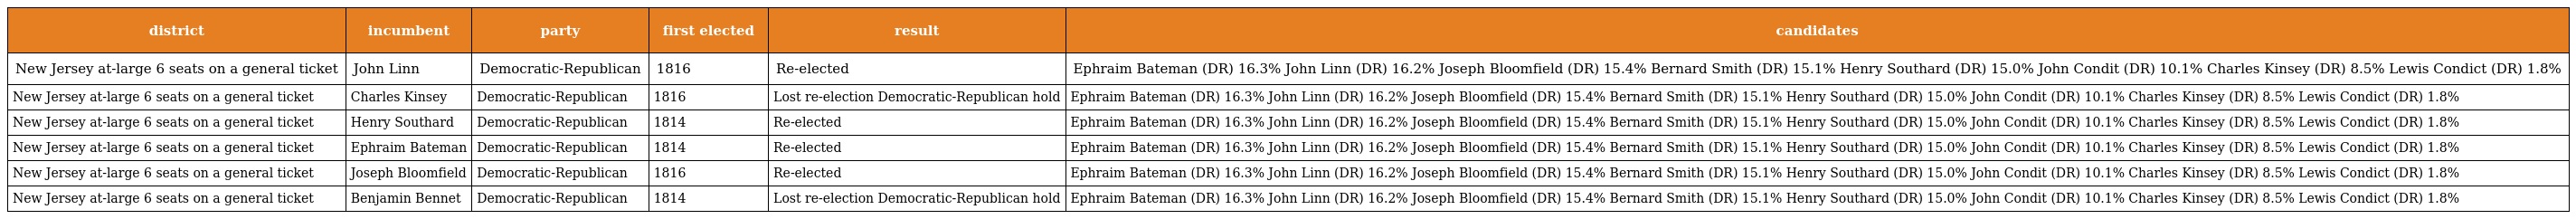
| district | incumbent | party | first elected | result | candidates |
 | --- | --- | --- | --- | --- | --- |
 | New Jersey at-large 6 seats on a general ticket | John Linn | Democratic-Republican | 1816 | Re-elected | Ephraim Bateman (DR) 16.3% John Linn (DR) 16.2% Joseph Bloomfield (DR) 15.4% Bernard Smith (DR) 15.1% Henry Southard (DR) 15.0% John Condit (DR) 10.1% Charles Kinsey (DR) 8.5% Lewis Condict (DR) 1.8% |
 | New Jersey at-large 6 seats on a general ticket | Charles Kinsey | Democratic-Republican | 1816 | Lost re-election Democratic-Republican hold | Ephraim Bateman (DR) 16.3% John Linn (DR) 16.2% Joseph Bloomfield (DR) 15.4% Bernard Smith (DR) 15.1% Henry Southard (DR) 15.0% John Condit (DR) 10.1% Charles Kinsey (DR) 8.5% Lewis Condict (DR) 1.8% |
 | New Jersey at-large 6 seats on a general ticket | Henry Southard | Democratic-Republican | 1814 | Re-elected | Ephraim Bateman (DR) 16.3% John Linn (DR) 16.2% Joseph Bloomfield (DR) 15.4% Bernard Smith (DR) 15.1% Henry Southard (DR) 15.0% John Condit (DR) 10.1% Charles Kinsey (DR) 8.5% Lewis Condict (DR) 1.8% |
 | New Jersey at-large 6 seats on a general ticket | Ephraim Bateman | Democratic-Republican | 1814 | Re-elected | Ephraim Bateman (DR) 16.3% John Linn (DR) 16.2% Joseph Bloomfield (DR) 15.4% Bernard Smith (DR) 15.1% Henry Southard (DR) 15.0% John Condit (DR) 10.1% Charles Kinsey (DR) 8.5% Lewis Condict (DR) 1.8% |
 | New Jersey at-large 6 seats on a general ticket | Joseph Bloomfield | Democratic-Republican | 1816 | Re-elected | Ephraim Bateman (DR) 16.3% John Linn (DR) 16.2% Joseph Bloomfield (DR) 15.4% Bernard Smith (DR) 15.1% Henry Southard (DR) 15.0% John Condit (DR) 10.1% Charles Kinsey (DR) 8.5% Lewis Condict (DR) 1.8% |
 | New Jersey at-large 6 seats on a general ticket | Benjamin Bennet | Democratic-Republican | 1814 | Lost re-election Democratic-Republican hold | Ephraim Bateman (DR) 16.3% John Linn (DR) 16.2% Joseph Bloomfield (DR) 15.4% Bernard Smith (DR) 15.1% Henry Southard (DR) 15.0% John Condit (DR) 10.1% Charles Kinsey (DR) 8.5% Lewis Condict (DR) 1.8% |